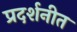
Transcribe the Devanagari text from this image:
प्रदर्शनीत